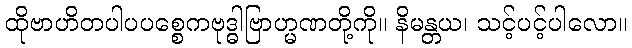
ထိုဗာဟိတပါပပစ္စေကဗုဒ္ဓါဗြာဟ္မဏတို့ကို။ နိမန္တယ၊ သင့်ပင့်ပါလော။